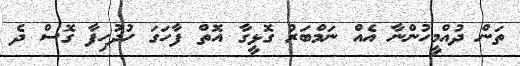
ތަން ދުއްމީހުންނާ އެއް ނަމްބަރު ގޮޅީގާ އޮތް ފާހަގަ ހުދުހިފާ ގޮސް ދެ